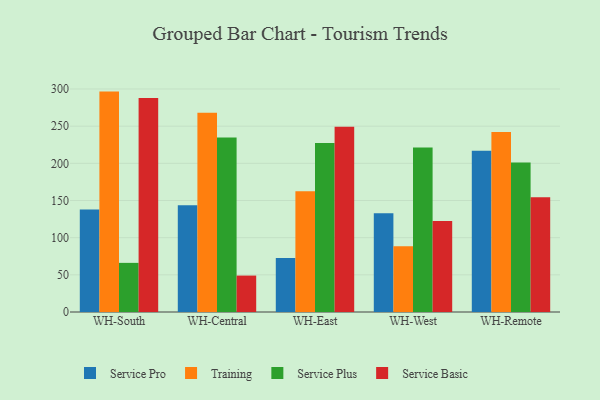
{"axis": {"x": "Warehouse", "y": "Tickets Resolved"}, "legend": ["Service Basic", "Service Plus", "Service Pro", "Training"], "data": [{"x": "WH-South", "y": 138.0, "type": "Service Pro"}, {"x": "WH-South", "y": 296.5, "type": "Training"}, {"x": "WH-South", "y": 66.1, "type": "Service Plus"}, {"x": "WH-South", "y": 287.9, "type": "Service Basic"}, {"x": "WH-Central", "y": 143.7, "type": "Service Pro"}, {"x": "WH-Central", "y": 268.1, "type": "Training"}, {"x": "WH-Central", "y": 234.7, "type": "Service Plus"}, {"x": "WH-Central", "y": 49.0, "type": "Service Basic"}, {"x": "WH-East", "y": 72.5, "type": "Service Pro"}, {"x": "WH-East", "y": 162.3, "type": "Training"}, {"x": "WH-East", "y": 227.2, "type": "Service Plus"}, {"x": "WH-East", "y": 249.2, "type": "Service Basic"}, {"x": "WH-West", "y": 132.7, "type": "Service Pro"}, {"x": "WH-West", "y": 88.6, "type": "Training"}, {"x": "WH-West", "y": 221.3, "type": "Service Plus"}, {"x": "WH-West", "y": 122.5, "type": "Service Basic"}, {"x": "WH-Remote", "y": 216.8, "type": "Service Pro"}, {"x": "WH-Remote", "y": 242.2, "type": "Training"}, {"x": "WH-Remote", "y": 201.1, "type": "Service Plus"}, {"x": "WH-Remote", "y": 154.4, "type": "Service Basic"}]}